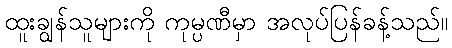
ထူးချွန်သူများကို ကုမ္ပဏီမှာ အလုပ်ပြန်ခန့်သည်။